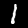
Digit: 1